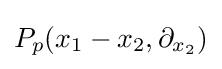
P_{p}(x_{1}-x_{2},\partial _{x_{2}})